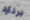
برنارد